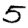
Digit: 5